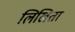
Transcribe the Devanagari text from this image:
लिखिता